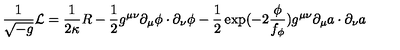
\frac { 1 } { \sqrt { - g } } { \cal L } = \frac { 1 } { 2 \kappa } R - \frac { 1 } { 2 } g ^ { \mu \nu } \partial _ { \mu } \phi \cdot \partial _ { \nu } \phi - \frac { 1 } { 2 } \exp ( - 2 \frac { \phi } { f _ { \phi } } ) g ^ { \mu \nu } \partial _ { \mu } a \cdot \partial _ { \nu } a